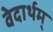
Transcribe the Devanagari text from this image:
वेदार्थम्